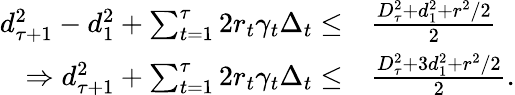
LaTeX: \begin{array}{rl}{d_{\tau+1}^{2}-d_{1}^{2}+\sum_{t=1}^{\tau}2r_{t}\gamma_{t}\Delta_{t}\leq}&{\frac{D_{\tau}^{2}+d_{1}^{2}+r^{2}/2}{2}}\\ {\Rightarrow d_{\tau+1}^{2}+\sum_{t=1}^{\tau}2r_{t}\gamma_{t}\Delta_{t}\leq}&{\frac{D_{\tau}^{2}+3d_{1}^{2}+r^{2}/2}{2}.}\end{array}